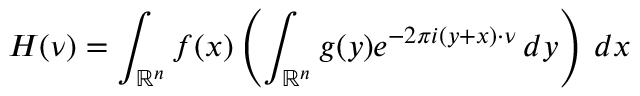
H ( \nu ) = \int _ { \mathbb { R } ^ { n } } f ( x ) \left( \int _ { \mathbb { R } ^ { n } } g ( y ) e ^ { - 2 \pi i ( y + x ) \cdot \nu } \, d y \right) \, d x